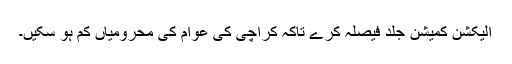
الیکشن کمیشن جلد فیصلہ کرے تاکہ کراچی کی عوام کی محرومیاں کم ہو سکیں۔